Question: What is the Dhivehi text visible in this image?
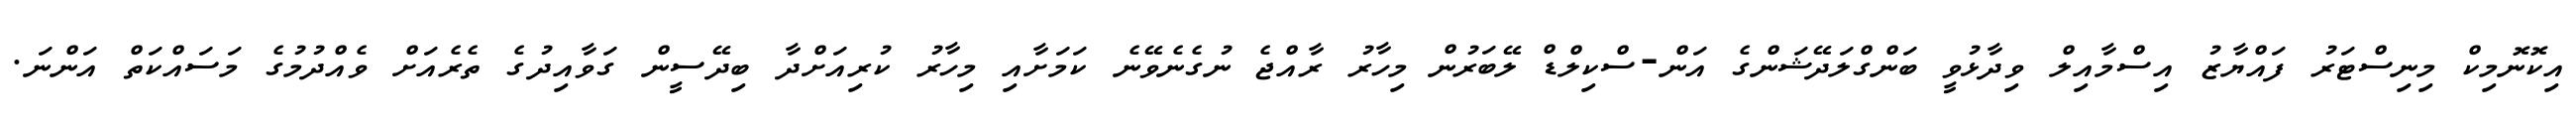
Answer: އިކޮނޮމިކް މިނިސްޓަރު ފައްޔާޒު އިސްމާއިލް ވިދާޅުވީ ބަންގްލަދޭޝަންގެ އަން-ސްކިލްޑް ލޭބަރުން މިހާރު ރާއްޖެ ނުގެނެވޭނެ ކަމަށާއި މިހާރު ކުރިއަށްދާ ބިދޭސީން ގަވާއިދުގެ ތެރެއަށް ވެއްދުމުގެ މަސައްކަތް އަންނަ.